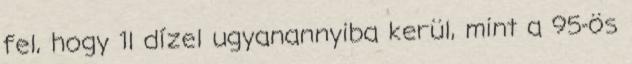
fel, hogy 1l dízel ugyanannyiba kerül, mint a 95-ös